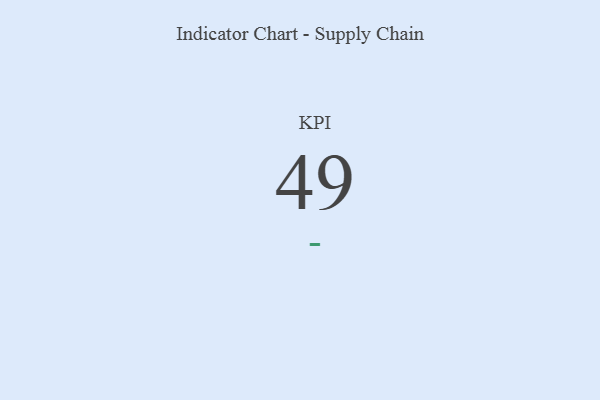
{"axis": {"x": "KPI", "y": "Value"}, "legend": [""], "data": [{"x": "KPI", "y": 49, "type": ""}]}